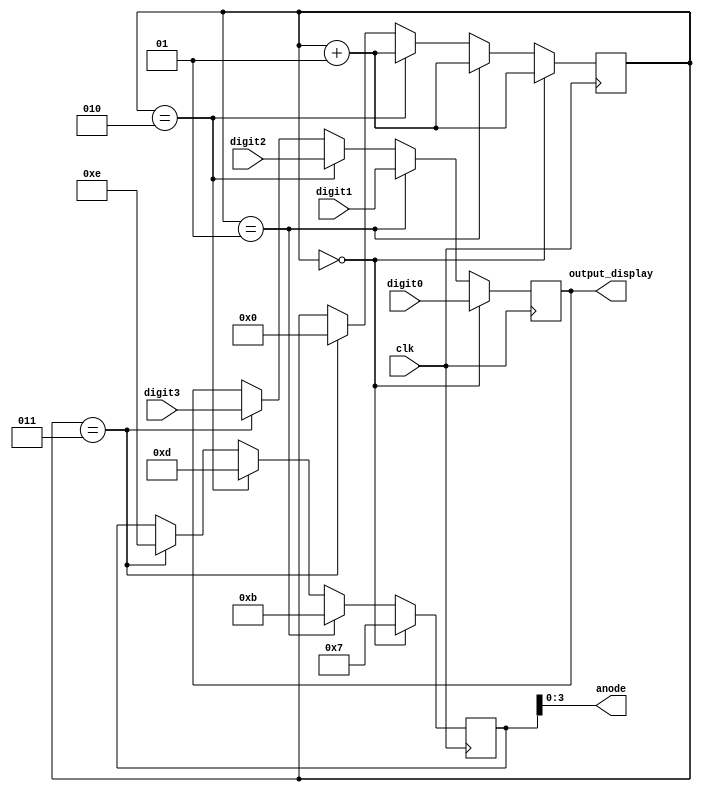
`timescale 1ns / 1ps




module Display_digit(
	input clk,
	input [7:0] digit0,
	input [7:0] digit1,
	input [7:0] digit2,
	input [7:0] digit3,
	output [7:0] output_display,
	output [3:0] anode
);

reg [7:0] displaytmp;
reg [7:0] anodetmp;

integer cnt = 0;

always @(posedge clk) begin
	
	if(cnt == 0)
	begin
		displaytmp <= digit0;
		anodetmp <= 4'b0111;
		cnt <= cnt+1;
	end
	
	else if(cnt ==1)
	begin
		displaytmp <= digit1;
		anodetmp <= 4'b1011;
		cnt <= cnt+1;
	end
	
	else if(cnt == 2)
	begin
		displaytmp <= digit2;
		anodetmp <= 4'b1101;
		cnt <= cnt+1;
	end

	else if (cnt == 3)
	begin
		displaytmp <= digit3;
		anodetmp <= 4'b1110;
		cnt <= 0;
	end
end

assign output_display = displaytmp;
assign anode = anodetmp;

endmodule